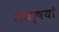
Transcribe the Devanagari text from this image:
राजर्षयो